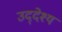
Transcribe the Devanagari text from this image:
उद्‌देश्‍य